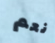
نعم